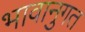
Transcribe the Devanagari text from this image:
भावानुगत